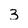
Character: 3